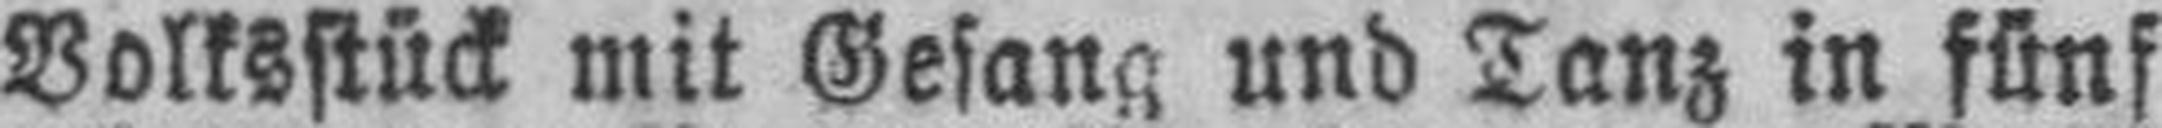
Volksstück mit Gesang und Tanz in fünf